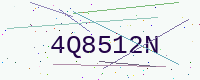
Text: 4Q8512N